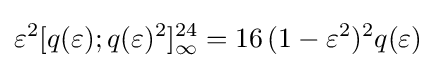
\varepsilon ^{2}[q(\varepsilon );q(\varepsilon )^{2}]_{\infty }^{24}=16\,(1-\varepsilon ^{2})^{2}q(\varepsilon )